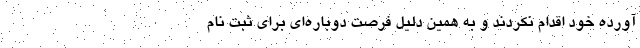
آورده خود اقدام نکردند و به همین دلیل فرصت دوباره‌ای برای ثبت نام